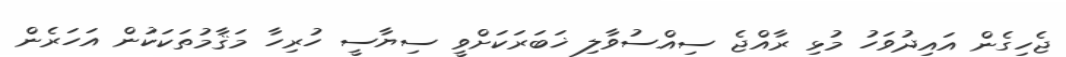
ޖެހިގެން އައިދުވަހު މުޅި ރާއްޖެ ސިއްސުވާލި ޚަބަރަކަށްވީ ސިޔާސީ ހުރިހާ މަޤާމުތަކަކުން އަހަރެން